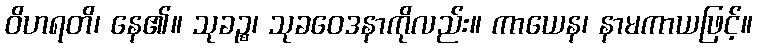
ဝိဟရတိ၊ နေ၏။ သုခဉ္စ၊ သုခဝေဒနာကိုလည်း။ ကာယေန၊ နာမကာယဖြင့်။